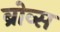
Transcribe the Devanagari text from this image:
ब्रोव्स